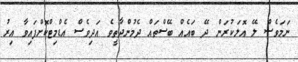
ނަމަވެސް ލޭ އޮލަކުރަން ދޭ ބައެއް ބޭސްތައް ދެމުންދާތީވެ އަދިވެސް އެޑްމިޓްކޮށްފައިވާ އިރު